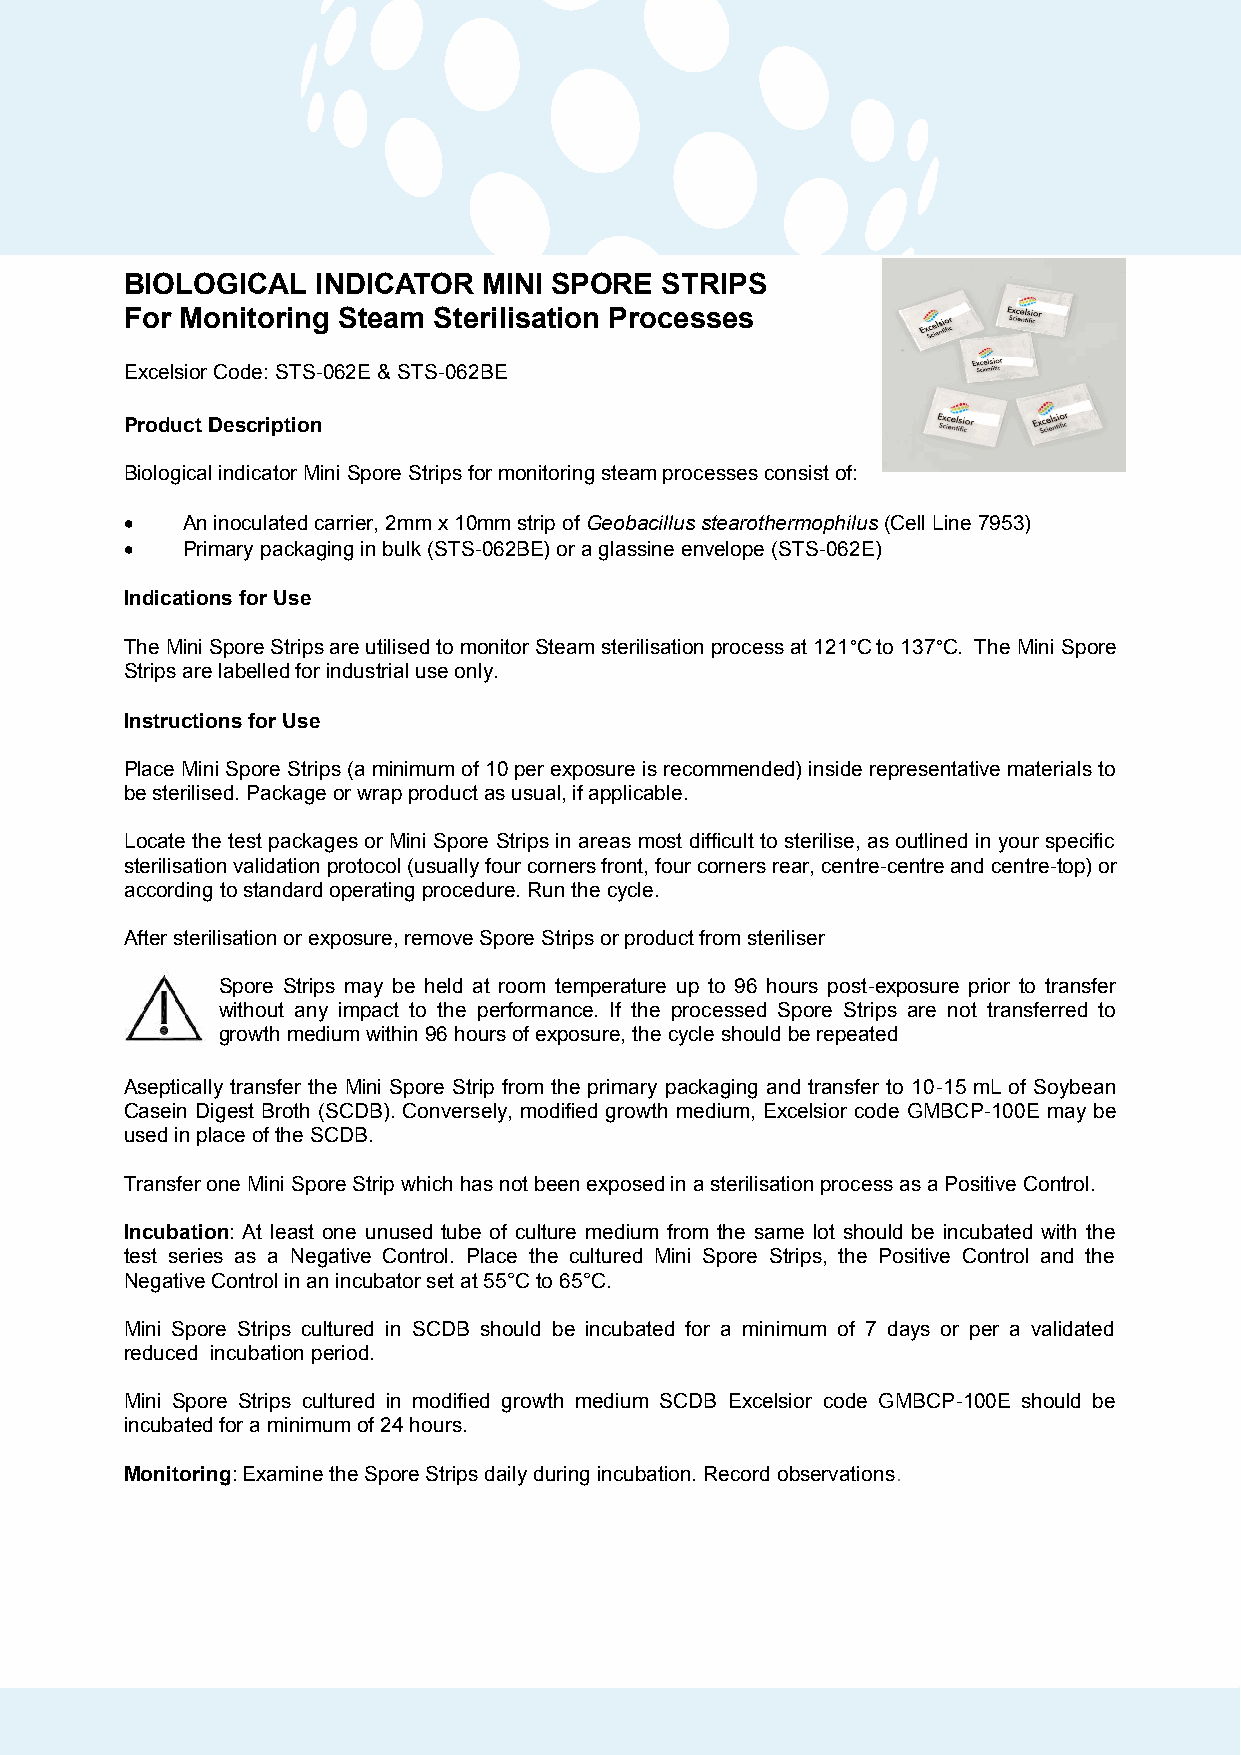
BIOLOGICAL   INDICATOR  MINI SPORE  STRIPS
 For Monitoring Steam Sterilisation Processes
 Excelsior Code: STS-062E & STS-062BE
 Product Description
 Biological indicator Mini Spore Strips for monitoring steam processes consist of:
 •   An inoculated carrier, 2mm x 10mm strip of Geobacillus stearothermophilus (Cell Line 7953)
 •   Primary packaging in bulk (STS-062BE) or a glassine envelope (STS-062E)
 Indications for Use
 The Mini Spore Strips are utilised to monitor Steam sterilisation process at 121°C to 137°C. The Mini Spore
 Strips are labelled for industrial use only.
 Instructions for Use
 Place Mini Spore Strips (a minimum of 10 per exposure is recommended) inside representative materials to
 be sterilised. Package or wrap product as usual, if applicable.
 Locate the test packages or Mini Spore Strips in areas most difficult to sterilise, as outlined in your specific
 sterilisation validation protocol (usually four corners front, four corners rear, centre-centre and centre-top) or
 according to standard operating procedure. Run the cycle.
 After sterilisation or exposure, remove Spore Strips or product from steriliser
 Spore Strips may be held at room temperature up to 96 hours post-exposure prior to transfer
 without any impact to the performance. If the processed Spore Strips are not transferred to
 growth medium within 96 hours of exposure, the cycle should be repeated
 Aseptically transfer the Mini Spore Strip from the primary packaging and transfer to 10-15 mL of Soybean
 Casein Digest Broth (SCDB). Conversely, modified growth medium, Excelsior code GMBCP-100E may be
 used in place of the SCDB.
 Transfer one Mini Spore Strip which has not been exposed in a sterilisation process as a Positive Control.
 Incubation: At least one unused tube of culture medium from the same lot should be incubated with the
 test series as a Negative Control. Place the cultured Mini Spore Strips, the Positive Control and the
 Negative Control in an incubator set at 55°C to 65°C.
 Mini Spore Strips cultured in SCDB should be incubated for a minimum of 7 days or per a validated
 reduced incubation period.
 Mini Spore Strips cultured in modified growth medium SCDB Excelsior code GMBCP-100E should be
 incubated for a minimum of 24 hours.
 Monitoring: Examine the Spore Strips daily during incubation. Record observations.